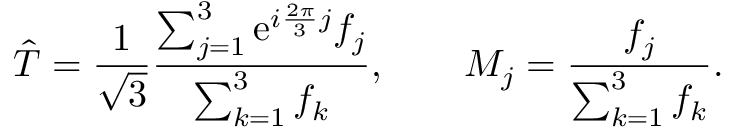
\hat { T } = { \frac { 1 } { \sqrt { 3 } } } { \frac { \sum _ { j = 1 } ^ { 3 } \mathrm { e } ^ { i { \frac { 2 \pi } { 3 } } j } f _ { j } } { \sum _ { k = 1 } ^ { 3 } f _ { k } } } , \qquad { \cal M } _ { j } = { \frac { f _ { j } } { \sum _ { k = 1 } ^ { 3 } f _ { k } } } .